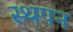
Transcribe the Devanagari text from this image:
स्थपन